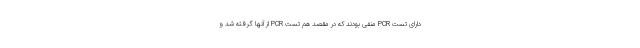
دارای تست PCR منفی بودند که در مقصد هم تست PCR از آنها گرفته شد و